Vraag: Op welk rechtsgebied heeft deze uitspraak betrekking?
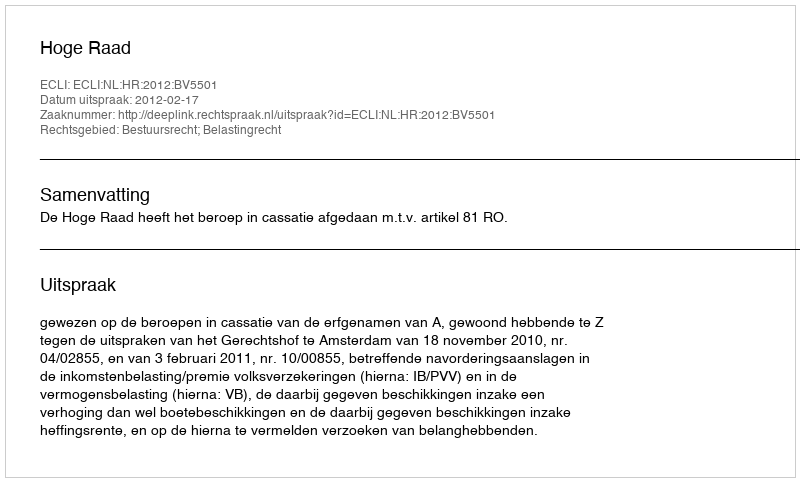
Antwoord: Bestuursrecht; Belastingrecht